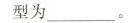
型为\underline。